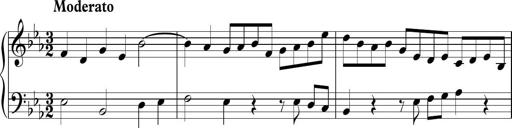
Title: Ten Piano Sonatinas
Composer: Andreas Sain